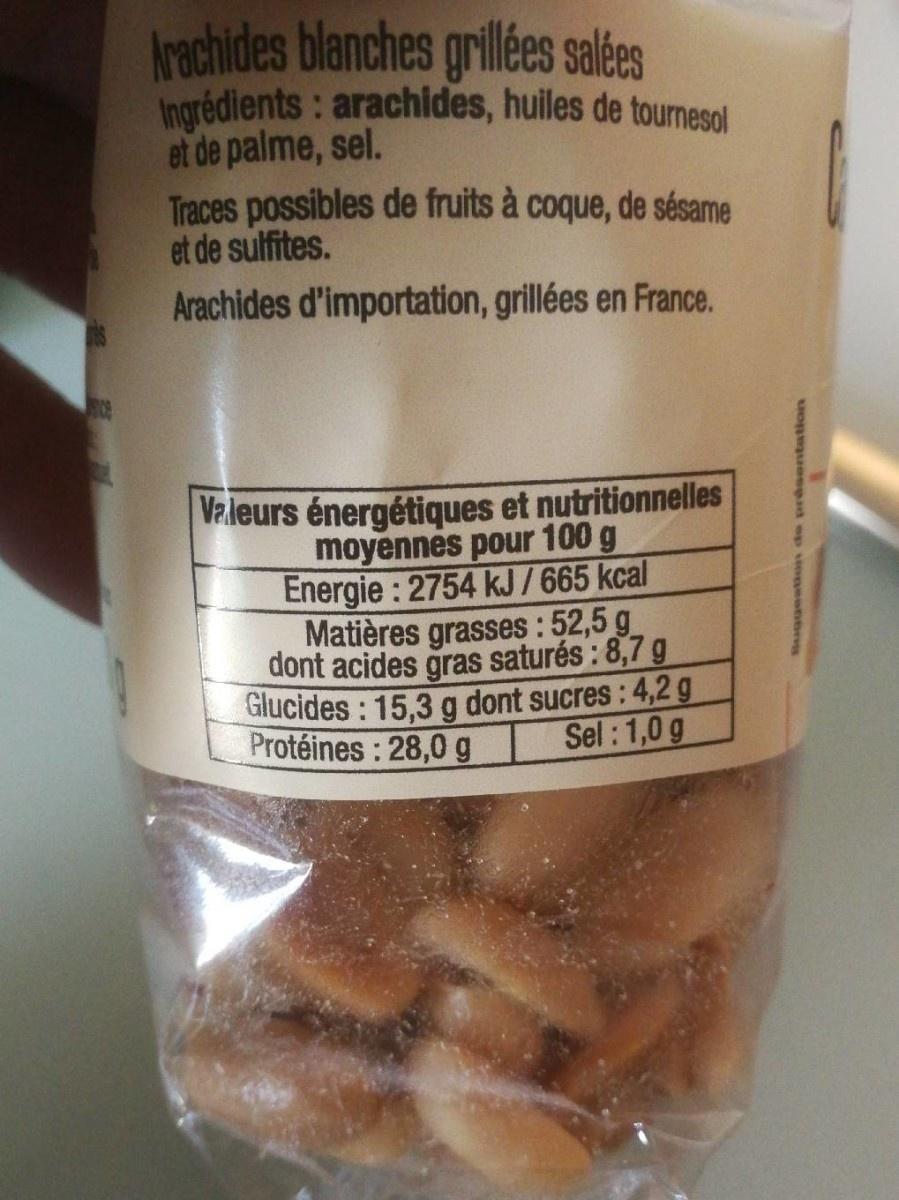
blanches grillées salées
Ingrédients: arachides, huiles de tournesol et de palme, sel. Traces possibles de fruits à coque, de sésame et de sulfites.
Arachides d'importation, grillées en France.
Valeurs énergétiques et nutritionnelles moyennes pour 100 g Energie: 2754 kJ / 665 kcal Matières grasses : 52,5 g dont acides gras saturés : 8,7 g Glucides : 15,3 g dont sucres : 4,2 g Protéines: 28,0 g
Sel:1,0 g